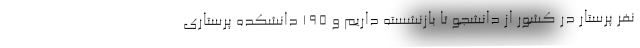
نفر پرستار در کشور از دانشجو تا بازنشسته داریم و ۱۹۵ دانشکده پرستاری